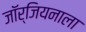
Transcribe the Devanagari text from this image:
जॉर्जियनाला